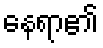
နေရာ၏